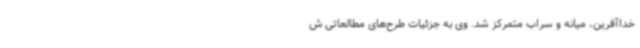
خداآفرین، میانه و سراب متمرکز شد. وی به جزئیات طرح‌های مطالعاتی ش